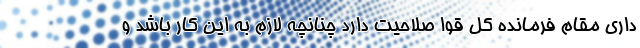
داری مقام فرمانده کل قوا صلاحیت دارد چنانچه لازم به این کار باشد و